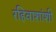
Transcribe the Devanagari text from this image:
रहिवाशांशी